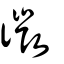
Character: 徾